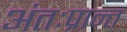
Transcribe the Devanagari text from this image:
अंतःप्रान्त